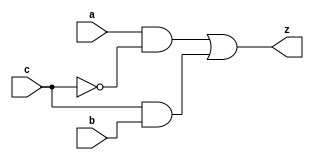
// Lab J Part 1
// Describe the Multiplexer (MUX) circuit
// yMux1 mddule

module yMux1(z, a, b, c);
    
    output z;
    input a, b, c;
    wire notC, upper, lower;

    // Gates and interconnections for MUX
    not my_not(notC, c);
    and upperAnd(upper, a, notC);
    and lowerAnd(lower, c, b);
    or my_or(z, upper, lower);

endmodule